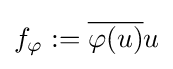
f_{\varphi }:={\overline {\varphi (u)}}u